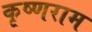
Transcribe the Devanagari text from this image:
कृष्णराम